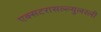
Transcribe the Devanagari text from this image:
एक्सटरासल्ल्युलरली